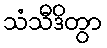
သံသီဒိတွာ